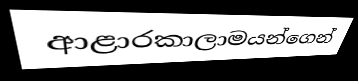
ආළාරකාලාමයන්ගෙන්